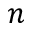
n